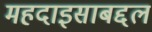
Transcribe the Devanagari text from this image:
महदाइसाबद्दल